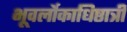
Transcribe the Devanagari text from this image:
भूवर्लोकाधिष्ठात्रीं